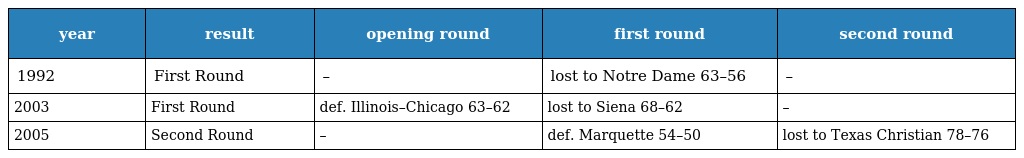
| year | result | opening round | first round | second round |
 | --- | --- | --- | --- | --- |
 | 1992 | First Round | – | lost to Notre Dame 63–56 | – |
 | 2003 | First Round | def. Illinois–Chicago 63–62 | lost to Siena 68–62 | – |
 | 2005 | Second Round | – | def. Marquette 54–50 | lost to Texas Christian 78–76 |